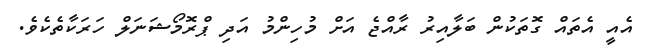
އެއީ އެތައް ގޮތަކުން ބަލާއިރު ރާއްޖެ އަށް މުހިންމު އަދި ޕްރޮމޯޝަނަލް ހަރަކާތެކެވެ.